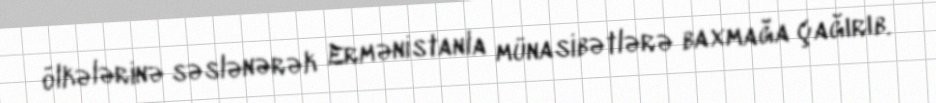
ölkələrinə səslənərək Ermənistanla münasibətlərə baxmağa çağırıb.